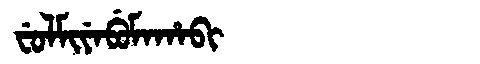
Manchu: ᠸᡠᠯᠮᡳᠶᡝᠪᡠᠮᠠᡥᠠᠪᡳ
Romanization: FULMIYEBUMAHABI